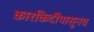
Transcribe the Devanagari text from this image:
कारकिर्दीपासूनच